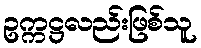
ဥက္ကဋ္ဌလည်းဖြစ်သူ